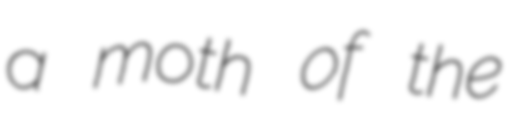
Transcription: a moth of the